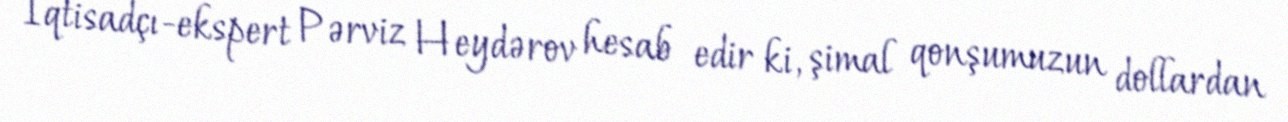
İqtisadçı-ekspert Pərviz Heydərov hesab edir ki, şimal qonşumuzun dollardan